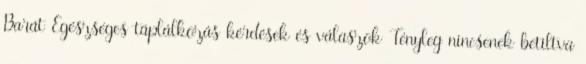
Barát Egészséges táplálkozás kérdések és válaszok Tényleg nincsenek betiltva